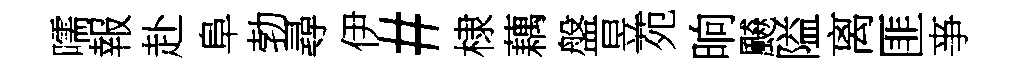
嚅報赴阜勃尋伊#棣藕盤昱苑晌飇隘离匪亊